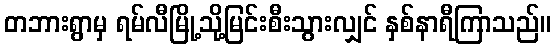
တဘားရွာမှ ရမ်လီမြို့သို့မြင်းစီးသွားလျှင် နှစ်နာရီကြာသည်။